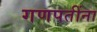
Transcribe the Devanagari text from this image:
गणपतींना